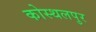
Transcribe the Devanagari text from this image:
कोस्थलपुर